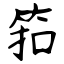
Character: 筘